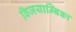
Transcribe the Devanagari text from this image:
विजयाम्बिका